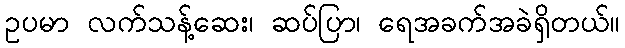
ဥပမာ လက်သန့်ဆေး၊ ဆပ်ပြာ၊ ရေအခက်အခဲရှိတယ်။